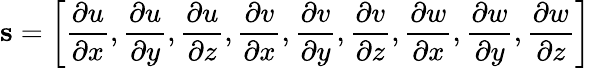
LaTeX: \textbf{s}=\left\lbrack\frac{\partial u}{\partial x},\frac{\partial u}{\partial y},\frac{\partial u}{\partial z},\frac{\partial v}{\partial x},\frac{\partial v}{\partial y},\frac{\partial v}{\partial z},\frac{\partial w}{\partial x},\frac{\partial w}{\partial y},\frac{\partial w}{\partial z}\right\rbrack